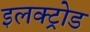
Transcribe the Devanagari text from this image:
इलक्ट्रोड